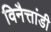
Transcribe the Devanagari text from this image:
विनैत्तांडी